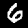
Label: 6